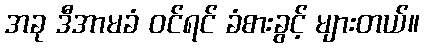
အခု ဒီအာမခံ ဝင်ရင် ခံစားခွင့် များတယ်။